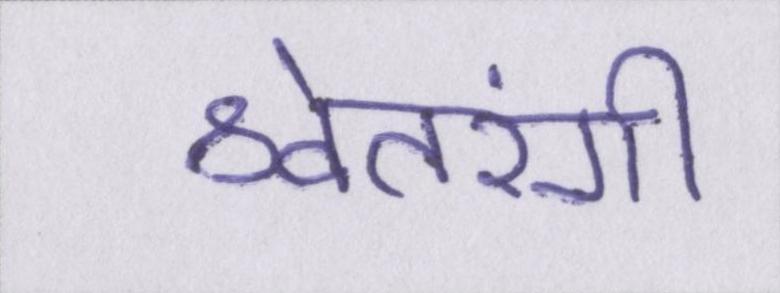
श्वेतरंगी